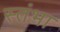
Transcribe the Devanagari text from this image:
स्तंभा